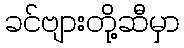
ခင်ဗျားတို့ဆီမှာ